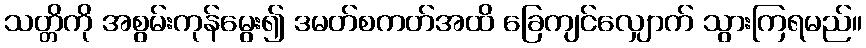
သတ္တိကို အစွမ်းကုန်မွေး၍ ဒမတ်စကတ်အထိ ခြေကျင်လျှောက် သွားကြရမည်။